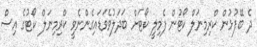
ދެ ބޭފުޅުން ކްރިމިނަލް ކޯޓުން ފެމިލީ ކޯޓަށް ބަދަލުވެވަޑައިގެންނެވީ ކްރިމިނަލް ކޯޓުގެ އިސް